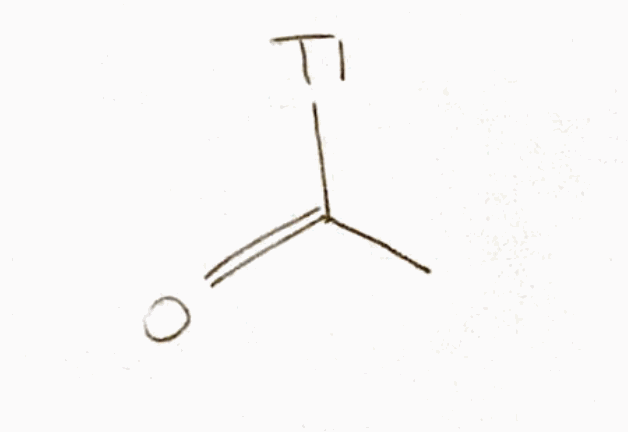
Simplified molecular-input line-entry system (SMILES) notation of the given molecule:
CC(=O)[Tl]